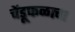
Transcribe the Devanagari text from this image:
चेंडूफळाचा